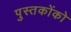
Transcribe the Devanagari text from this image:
पुस्‍तकोंको